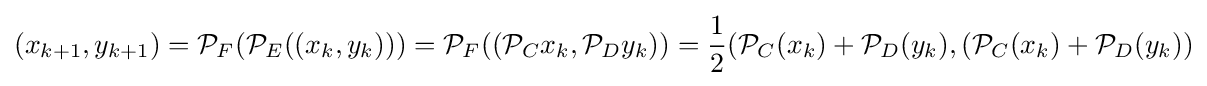
(x_{k+1},y_{k+1})={\mathcal {P}}_{F}({\mathcal {P}}_{E}((x_{k},y_{k})))={\mathcal {P}}_{F}(({\mathcal {P}}_{C}x_{k},{\mathcal {P}}_{D}y_{k}))={\frac {1}{2}}({\mathcal {P}}_{C}(x_{k})+{\mathcal {P}}_{D}(y_{k}),({\mathcal {P}}_{C}(x_{k})+{\mathcal {P}}_{D}(y_{k}))